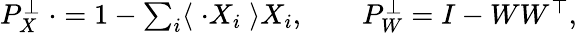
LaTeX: \begin{array}{r}{P_{X}^{\perp}\; \cdot=1-\sum_{i}\langle\; \cdot X_{i}\; \rangle X_{i},\qquad P_{W}^{\perp}=I-WW^{\top},}\end{array}